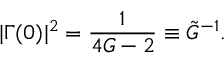
| \Gamma ( 0 ) | ^ { 2 } = \frac { 1 } { 4 G - 2 } \equiv \tilde { G } ^ { - 1 } .